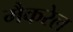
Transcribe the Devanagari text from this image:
मैकरेल